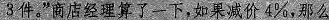
3件”商店经理算了一下，如果减价4\%，那么